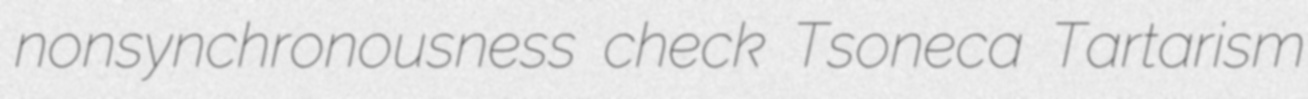
nonsynchronousness check Tsoneca Tartarism